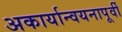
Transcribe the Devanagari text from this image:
अकार्यान्वयनापूर्वी